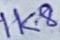
Text: 1k8